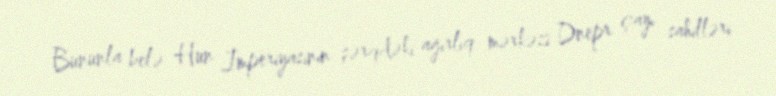
Bununla belə Hun İmperiyasının şərqdəki ağırlıq mərkəzi Dnepr çayı sahilləri